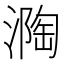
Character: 𭲏